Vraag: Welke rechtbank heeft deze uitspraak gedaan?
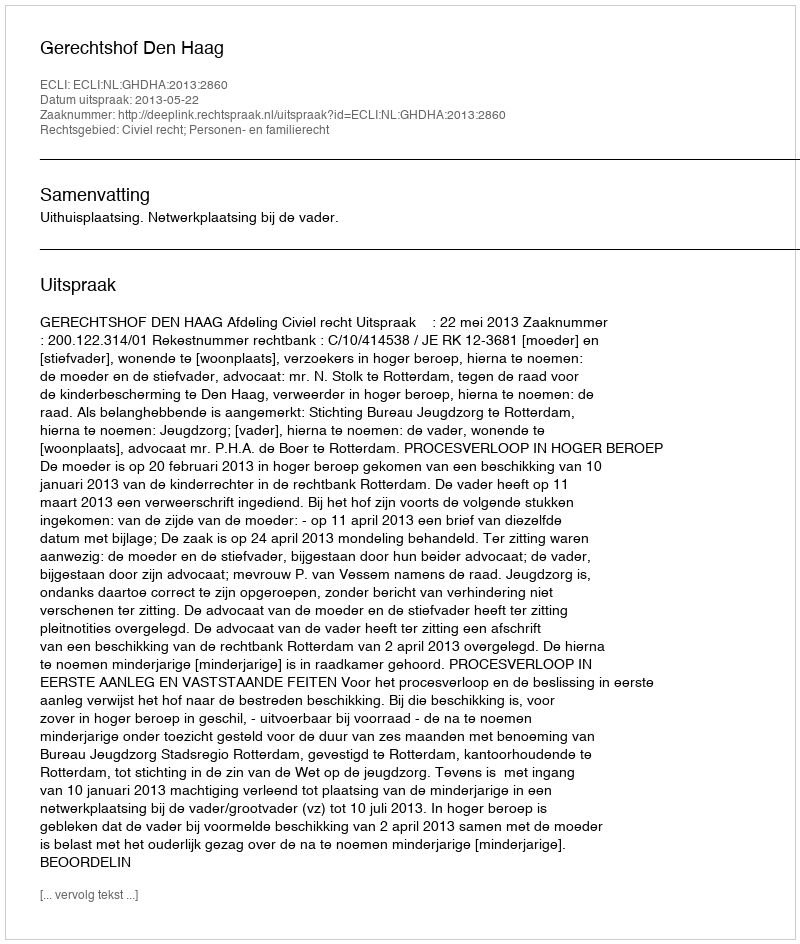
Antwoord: Gerechtshof Den Haag